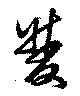
雙